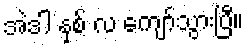
အဲဒါ နှစ် လ ကျော်သွားပြီ။